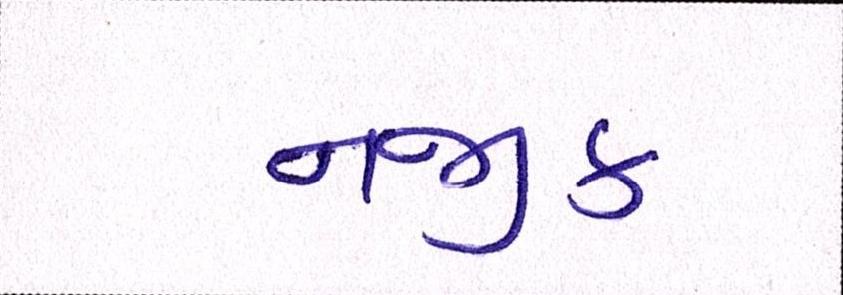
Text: નજીક